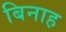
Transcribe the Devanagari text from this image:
बिनाह